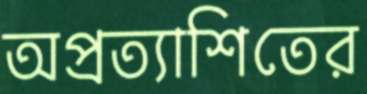
অপ্রত্যাশিতের